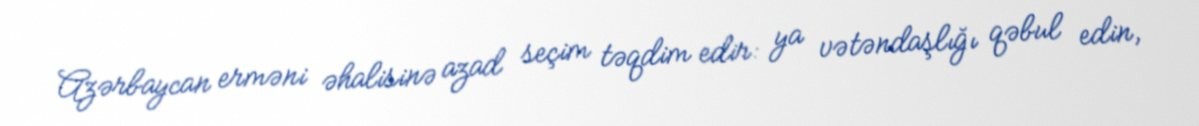
Azərbaycan erməni əhalisinə azad seçim təqdim edir: ya vətəndaşlığı qəbul edin,